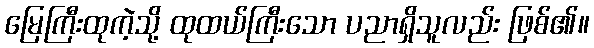
မြေကြီးထုကဲ့သို့ ထုထယ်ကြီးသော ပညာရှိသူလည်း ဖြစ်၏။